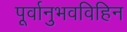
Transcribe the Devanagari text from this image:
पूर्वानुभवविहिन